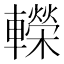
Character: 𨏍